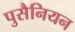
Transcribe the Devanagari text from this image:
पुसैनियन